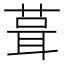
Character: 葺